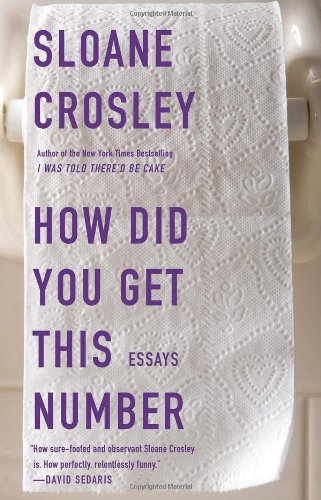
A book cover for How Did You Get This Number; Sloane Crosley; Humor & Entertainment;